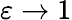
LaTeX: \varepsilon\rightarrow 1